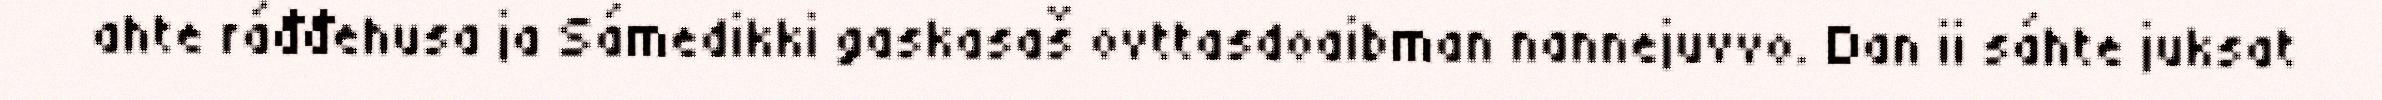
ahte ráđđehusa ja Sámedikki gaskasaš ovttasdoaibman nannejuvvo. Dan ii sáhte juksat